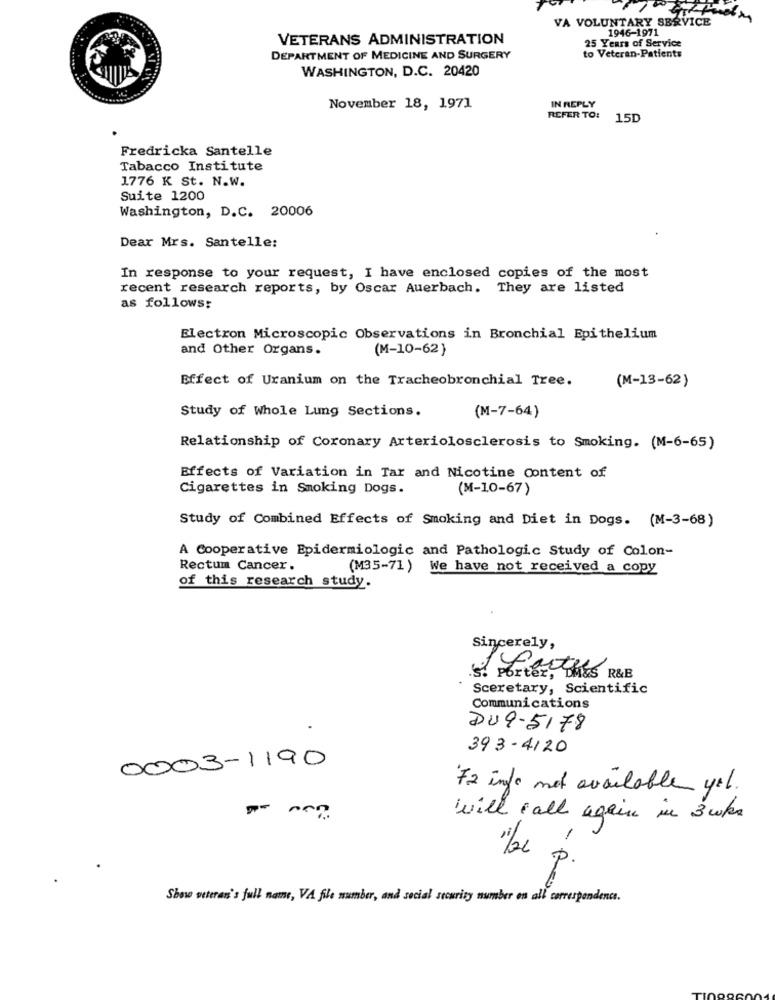
VA VOLUNTARY SERVICE
1946-1971
VETERANS ADMINISTRATION
25 Years of Service
DEPARTMENT OF MEDICINE AND SURGERY
to Veteran-Patients
WASHINGTON, D.C. 20420
November 18, 1971
IN REPLY
REFER TO:
15D
Fredricka Santelle
Tabacco Institute
1776 K St. N.W.
Suite 1200
Washington, D.C. 20006
Dear Mrs. Santelle:
In response to your request, I have enclosed copies of the most
recent research reports, by Oscar Auerbach. They are listed
as follows:
Electron Microscopic Observations in Bronchial Epithelium
and Other Organs.
(M-10-62)
Effect of Uranium on the Tracheobronchial Tree.
(M-13-62)
Study of Whole Lung Sections.
(M-7-64)
Relationship of Coronary Arteriolosclerosis to Smoking. (M-6-65)
Effects of Variation in Tar and Nicotine Content of
Cigarettes in Smoking Dogs.
(M-10-67)
Study of Combined Effects of Smoking and Diet in Dogs. (M-3-68)
A Cooperative Epidermiologic and Pathologic Study of Colon-
Rectum Cancer.
(M35-71)
We have not received a copy
of this research study.
Sincerely,
.s. Porter,
Folhas R&B
Sceretary, Scientific
Communications
DU9-5178
393-4120
0003-1190
72 info met available yet.
will call again in 3 who
Show veteran's full name, VA file number, and social security number on all correspondence.